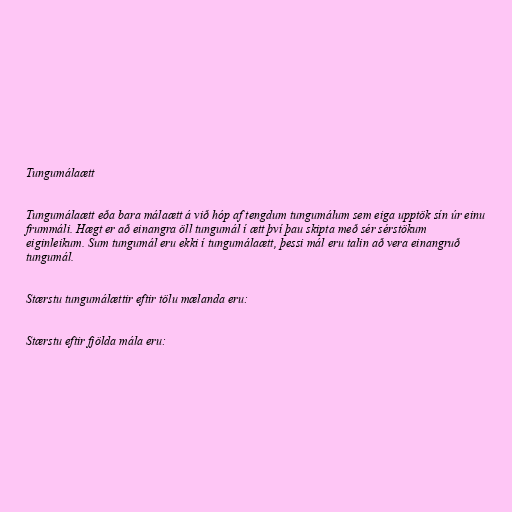
Tungumálaætt

Tungumálaætt eða bara málaætt á við hóp af tengdum tungumálum sem eiga upptök sín úr einu
frummáli. Hægt er að einangra öll tungumál í ætt því þau skipta með sér sérstökum
eiginleikum. Sum tungumál eru ekki í tungumálaætt, þessi mál eru talin að vera einangruð
tungumál.

Stærstu tungumálættir eftir tölu mælanda eru:

Stærstu eftir fjölda mála eru: